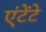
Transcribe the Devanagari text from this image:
एंटेंटे